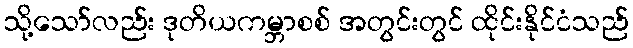
သို့သော်လည်း ဒုတိယကမ္ဘာစစ် အတွင်းတွင် ထိုင်းနိုင်ငံသည်